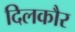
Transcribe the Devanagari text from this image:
दिलकौर